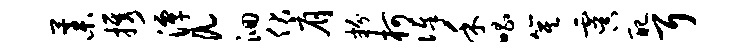
藁携潭a洄伏肩粉柯俸禾唱箕虞配耳